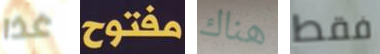
غذا مفتوح هناك فقط